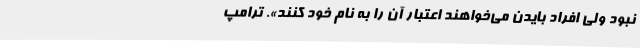
نبود ولی افراد بایدن می‌خواهند اعتبار آن را به نام خود کنند». ترامپ